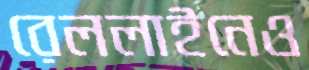
রেললাইনেও